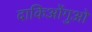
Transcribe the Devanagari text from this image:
दाकिओंगुओ